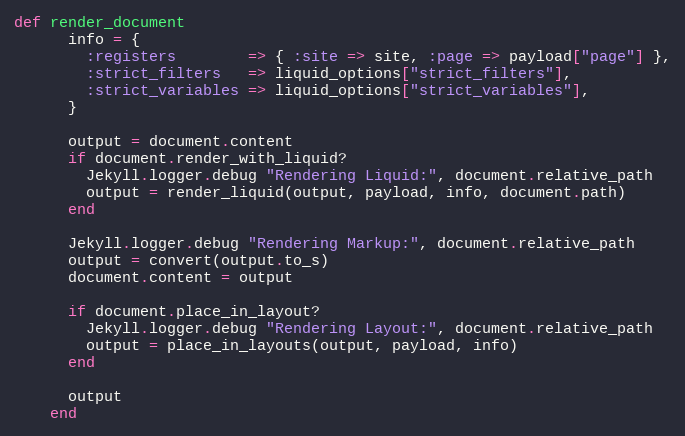
Language: Ruby
def render_document
      info = {
        :registers        => { :site => site, :page => payload["page"] },
        :strict_filters   => liquid_options["strict_filters"],
        :strict_variables => liquid_options["strict_variables"],
      }

      output = document.content
      if document.render_with_liquid?
        Jekyll.logger.debug "Rendering Liquid:", document.relative_path
        output = render_liquid(output, payload, info, document.path)
      end

      Jekyll.logger.debug "Rendering Markup:", document.relative_path
      output = convert(output.to_s)
      document.content = output

      if document.place_in_layout?
        Jekyll.logger.debug "Rendering Layout:", document.relative_path
        output = place_in_layouts(output, payload, info)
      end

      output
    end